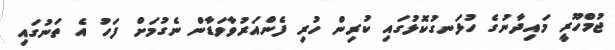
ޖުމްހޫރީ މައިދާނުގެ ހުޅަނގުކޮޅުގައި ކުރިން ހުރި ފެންއަރުވާވަޑާން ނެގުމަށް ފަހު އެ ތަނުގައި